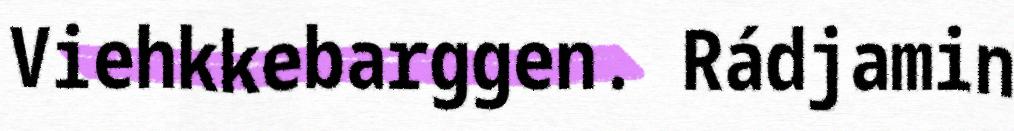
Viehkkebarggen. Rádjamin